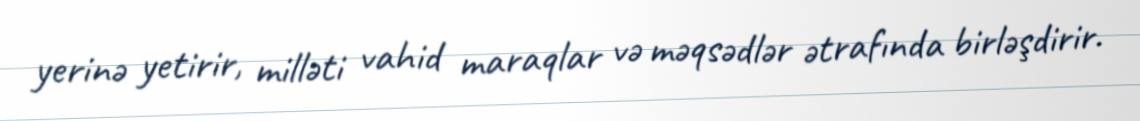
yerinə yetirir, milləti vahid maraqlar və məqsədlər ətrafında birləşdirir.